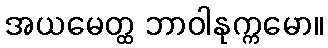
အယမေတ္ထ ဘာဝါနုက္ကမော။